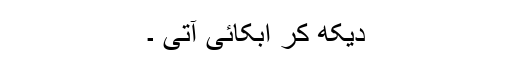
دیکھ کر اُبکائی آتی ۔